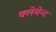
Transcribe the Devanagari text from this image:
क्लेमेन्ट